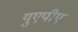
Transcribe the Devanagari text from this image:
युएपीए